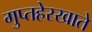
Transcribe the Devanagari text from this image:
गुप्तहेरखाते